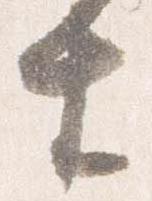
生